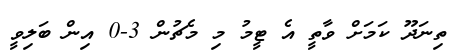
ތިނަދޫ ކަމަށް ވާތީ އެ ޓީމު މި މެޗުން 3-0 އިން ބަލިވީ